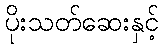
ပိုးသတ်ဆေးနှင့်